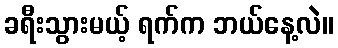
ခရီးသွားမယ့် ရက်က ဘယ်နေ့လဲ။